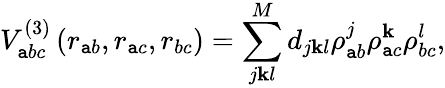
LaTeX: V_{\mathtt{a}bc}^{(3)}\left(r_{\mathtt{a}b},r_{\mathtt{a}c},r_{bc}\right)=\sum_{j\mathbf{k}l}^{M}d_{j\mathbf{k}l}\rho_{\mathtt{a}b}^{j}\rho_{\mathtt{a}c}^{\mathbf{k}}\rho_{bc}^{l},